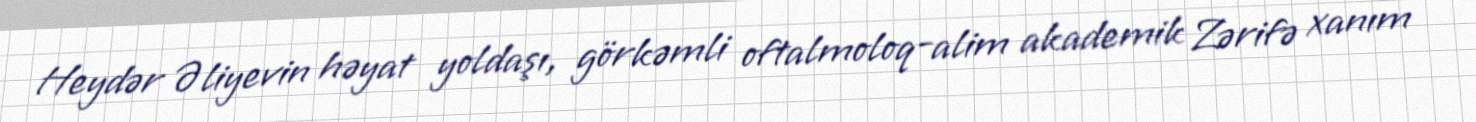
Heydər Əliyevin həyat yoldaşı, görkəmli oftalmoloq-alim akademik Zərifə xanım